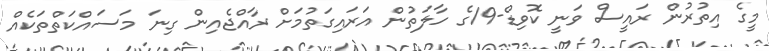
މީގެ އިތުރުން ރައީސް ވަނީ ކޮވިޑް-19ގެ ހާލަތުން އަރައިގަތުމަށް ރާއްޖެއިން ގިނަ މަސައްކަތްތަކެއް